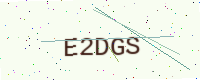
Text: E2DGS